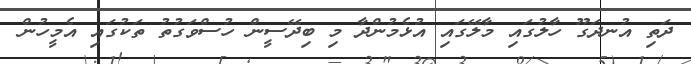
ދަތި އުނދަގޫ ހާލުގައި މާލޭގައި އުޅެމުންދާ މި ބިދޭސީން ހުސްވަގުތު ތަކުގައި އެމީހުން